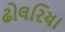
ઢોલરિયા